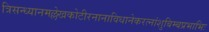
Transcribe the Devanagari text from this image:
त्रिसन्ध्यानमल्लेखकोटीरनानाविधानेकरत्नांशुबिम्बप्रभाभिः